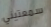
سمعتيني